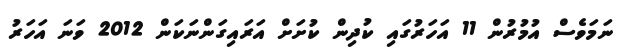
ނަމަވެސް އުމުރުން 11 އަހަރުގައި ކުދިން ކުށަށް އަރައިގަންނަކަން 2012 ވަނަ އަހަރު